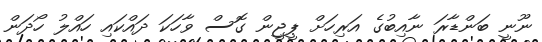
ނޫނީ ބަންޑާރަ ނާއިބުގެ އަރިހަށް ޕީޖީން ގޮސް ވާހަކަ ދައްކައި ހައްލު ހޯދަން